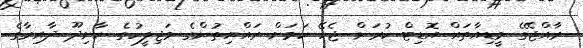
ރާއްޖޭގެ މީޑިއާތައް އޮޑިޓް ކުރަން ޖެހޭ ކަމަށް ރައްޔިތުންގެ މަޖިލީހުގެ ކާށިދޫ ދާއިރާގެ